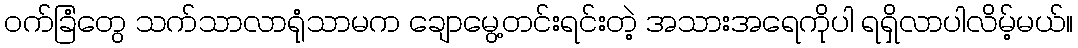
၀က်ခြံတွေ သက်သာလာရုံသာမက ချောမွေ့တင်းရင်းတဲ့ အသားအရေကိုပါ ရရှိလာပါလိမ့်မယ်။